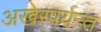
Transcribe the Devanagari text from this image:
अखेरपर्यन्त